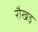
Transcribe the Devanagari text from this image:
रौखड़